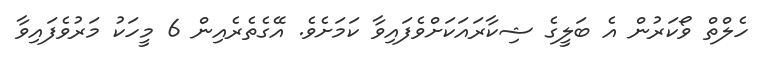
ހެލްތް ވޯކަރުން އެ ބަލީގެ ޝިކާރައަކަށްވެފައިވާ ކަމަށެވެ. އޭގެތެރެއިން 6 މީހަކު މަރުވެފައިވާ